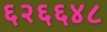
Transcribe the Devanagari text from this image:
६२६६४८